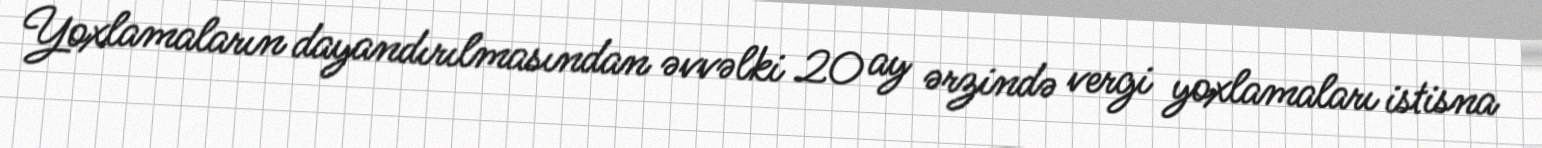
Yoxlamaların dayandırılmasından əvvəlki 20 ay ərzində vergi yoxlamaları istisna